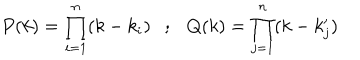
P ( k ) = \prod _ { i = 1 } ^ { n } ( k - k _ { i } ) ; Q ( k ) = \prod _ { j = 1 } ^ { n } ( k - k _ { j } ^ { \prime } )